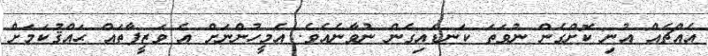
އެއްޗެއް އުނި ކޮށްގެން ނުވަތަ ކަނޑައިގެން ނުވާނެއެވެ. އެމީހުންނަށް އެ ވަޒީފާތައް ޙައްޤުކަމަށް